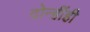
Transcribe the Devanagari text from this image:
दोन्हींही